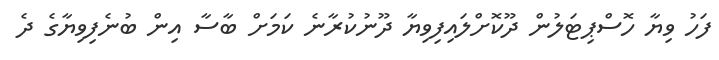
ފަހު ވިޔާ ހޮސްޕިޓަލުން ދޫކޮށްލައިފިވިޔާ ދޫނުކުރާނެ ކަމަށް ބާސާ އިން ބުނެފިވިޔާގެ ދެ